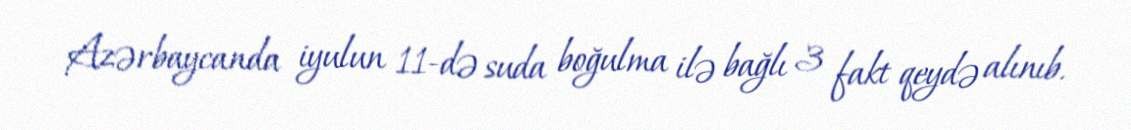
Azərbaycanda iyulun 11-də suda boğulma ilə bağlı 3 fakt qeydə alınıb.